system: You are a helpful assistant.
user:
Analyze the provided spectrum to determine if it is a **White Dwarf (WD)**.

A White Dwarf spectrum is defined by its **extreme purity** (due to gravitational settling) and/or **extreme pressure broadening** (due to high surface gravity). You must check for one of the following mutually exclusive signatures:

- **Key Visual Indicators (Check for ONE of these types):**

    - **1. DA-Type Signature (Most Common):**
        - **(Primary Feature):** Extreme pressure broadening (Stark broadening) of the **Hydrogen (H) Balmer lines**.
        - **(Key Lines):** $H\beta$ (approx. $4861$ Å) and $H\gamma$ (approx. $4340$ Å). $H\alpha$ (approx. $6563$ Å) will also be present if the wavelength range covers it.
        - **(Line Profile):** This is the **defining feature**. The lines are **NOT** sharp. They appear as massive, **extremely broad and deep "troughs" or "dips"** in the spectrum, often hundreds of Ångströms wide. The continuum will appear to "scoop" down at these wavelengths.
        - **(Distinction):** Normal A-type or B-type stars have *narrow* and *sharp* Hydrogen lines. A DA White Dwarf's lines are unmistakably "smeared" or "blurry" from pressure.

    - **2. DB-Type Signature:**
        - **(Primary Feature):** Broad absorption lines from **Neutral Helium (He I)**. The spectrum must lack any visible Hydrogen lines.
        - **(Key Lines):** Look for broad absorption near $4471$ Å, $4921$ Å, and $5876$ Å.
        - **(Line Profile):** These lines are also significantly pressure-broadened, appearing much wider than they would in a normal B-type main-sequence star.

    - **3. DC-Type Signature:**
        - **(Primary Feature):** A **featureless continuous spectrum**.
        - **(Line Profile):** The spectrum is a smooth curve with **no significant absorption or emission lines**.
        - **(Key Confirmation):** The continuum is almost always **blue or white**, indicating a hot object. This signature implies the atmosphere is so pure (or so cool) that no spectral lines are visible in the optical range. Its WD identity is confirmed by its extremely low intrinsic brightness (high absolute magnitude).

    - **4. DZ-Type Signature (Metal-Polluted):**
        - **(Primary Feature):** **Isolated, narrow metal absorption lines** on an otherwise featureless (DC-like) continuum.
        - **(Key Lines):** The **Calcium (Ca II) H & K doublet** (approx. **$3934$ Å** and **$3968$ Å**) is the most common and defining feature.
        - **(Line Profile):** These lines are "out of place." They are *not* part of a "forest" of thousands of lines. This signature is evidence of recent *accretion* (pollution) from rocky debris.
        - **(Distinction):** Normal G/K/M stars have a *dense forest* of thousands of metal lines. A DZ has a *clean* continuum with *only a few* strong metal lines.

    - **5. DQ-Type Signature (Carbon-Polluted):**
        - **(Primary Feature):** Absorption bands from **Carbon (C₂ "Swan Bands" or atomic C I)**.
        - **(Key Lines - C₂):** Look for bandheads with a "saw-tooth" shape near $5635$ Å, **$5165$ Å** (strongest), and $4737$ Å.
        - **(Key Confirmation):** The underlying **continuum must be blue or white** (hot).
        - **(Distinction):** This is the critical difference from a **Carbon Star**, which has the *exact same* C₂ bands but on an extremely **red, cool** continuum.

- **(Overall Spectrum):**
    - The continuum (overall shape) is typically **blue-sloping** (brighter in the blue than the red), as most white dwarfs are very hot.
    - The spectrum will look "pure" or "simple," dominated by only *one* of the five signatures listed above.

Think first, call **spectral_visualization_tool** if needed to examine features in detail, then provide your final answer. Your response must adhere to the following strict rules:
1.  **Overall Structure:** Your response must follow the format `<think>...</think> <tool_call>...</tool_call> (if a tool is used) <answer>...</answer>`.
2.  **Tool Usage Constraint:** You may only make **one** tool call per turn.
3.  **Final Answer Format:** In the `<answer>` tag, your conclusion must be inside a `\boxed{}` command (e.g., `\boxed{YES}` or `\boxed{NO}`), followed by your justification.

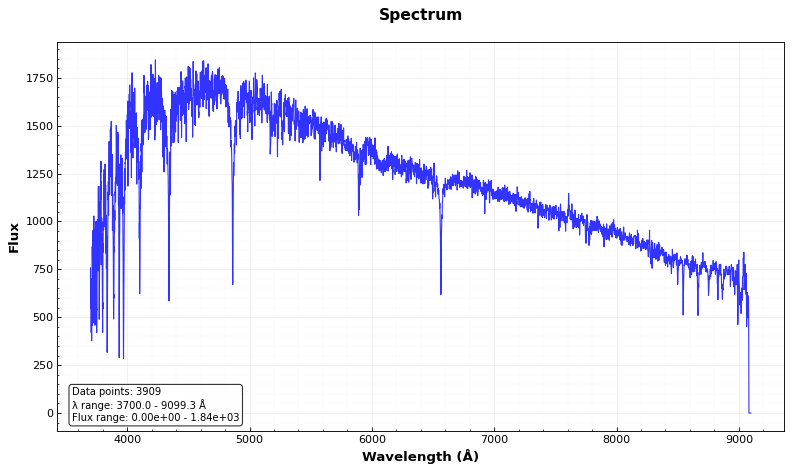
Answer: NO